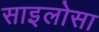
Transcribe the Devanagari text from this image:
साइलोसा